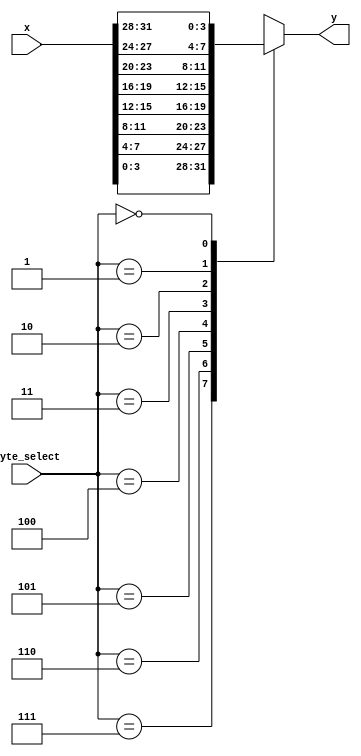
module half_byte_mux(x, byte_select, y);
	input  wire [31:0] x;
	input  wire [2:0] byte_select;
	output reg  [3:0] y;
	
	always @(*) begin
		case(byte_select)
			3'd7  : y = x[ 3: 0];
			3'd6  : y = x[ 7: 4];
			3'd5  : y = x[11: 8];
			3'd4  : y = x[15:12];
			3'd3  : y = x[19:16];
			3'd2  : y = x[23:20];
			3'd1  : y = x[27:24];
			3'd0  : y = x[31:28];
			default: y = 4'd0;
		endcase
	end
endmodule